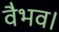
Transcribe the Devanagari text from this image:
वैभव।